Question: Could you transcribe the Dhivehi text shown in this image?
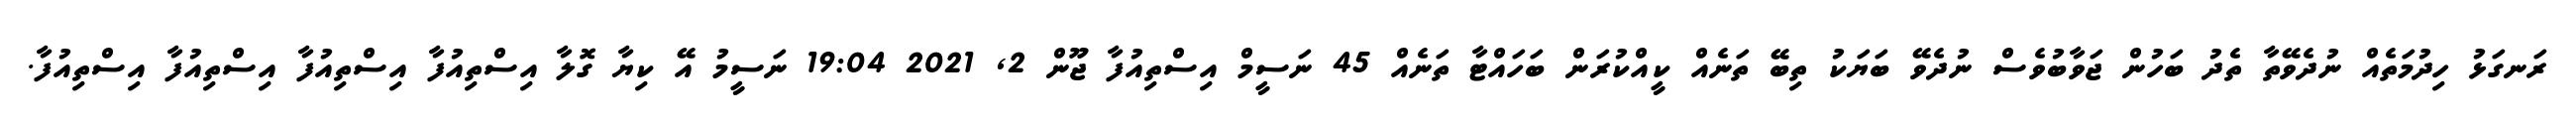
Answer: ރަނގަޅު ހިދުމަތެއް ނުދެވޭތާ ތެދު ބަހުން ޖަވާބުވެސް ނުދެވޭ ބަޔަކު ތިބޭ ތަނެއް ކީއްކުރަން ބަހައްޓާ ތަނެއް 45 ނަސީމް އިސްތިއުފާ ޖޫން 2, 2021 19:04 ނަސީމު އޭ ކިޔާ ގޮލާ އިސްތިއުފާ އިސްތިއުފާ އިސްތިއުފާ އިސްތިއުފާ.